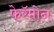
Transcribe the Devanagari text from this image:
फेरॅमोन